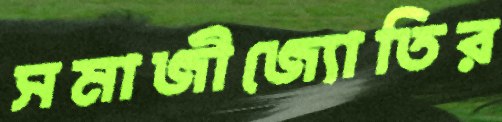
সমাজীজ্যোতির